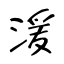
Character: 湲